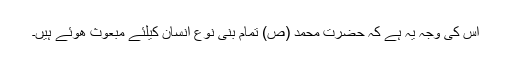
اس کی وجہ یہ ہے کہ حضرت محمد (ص) تمام بنی نوع انسان کیلئے مبعوث ھوئے ہیں۔